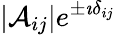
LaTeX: |\mathcal{A}_{ij}|e^{\pm\imath\delta_{ij}}